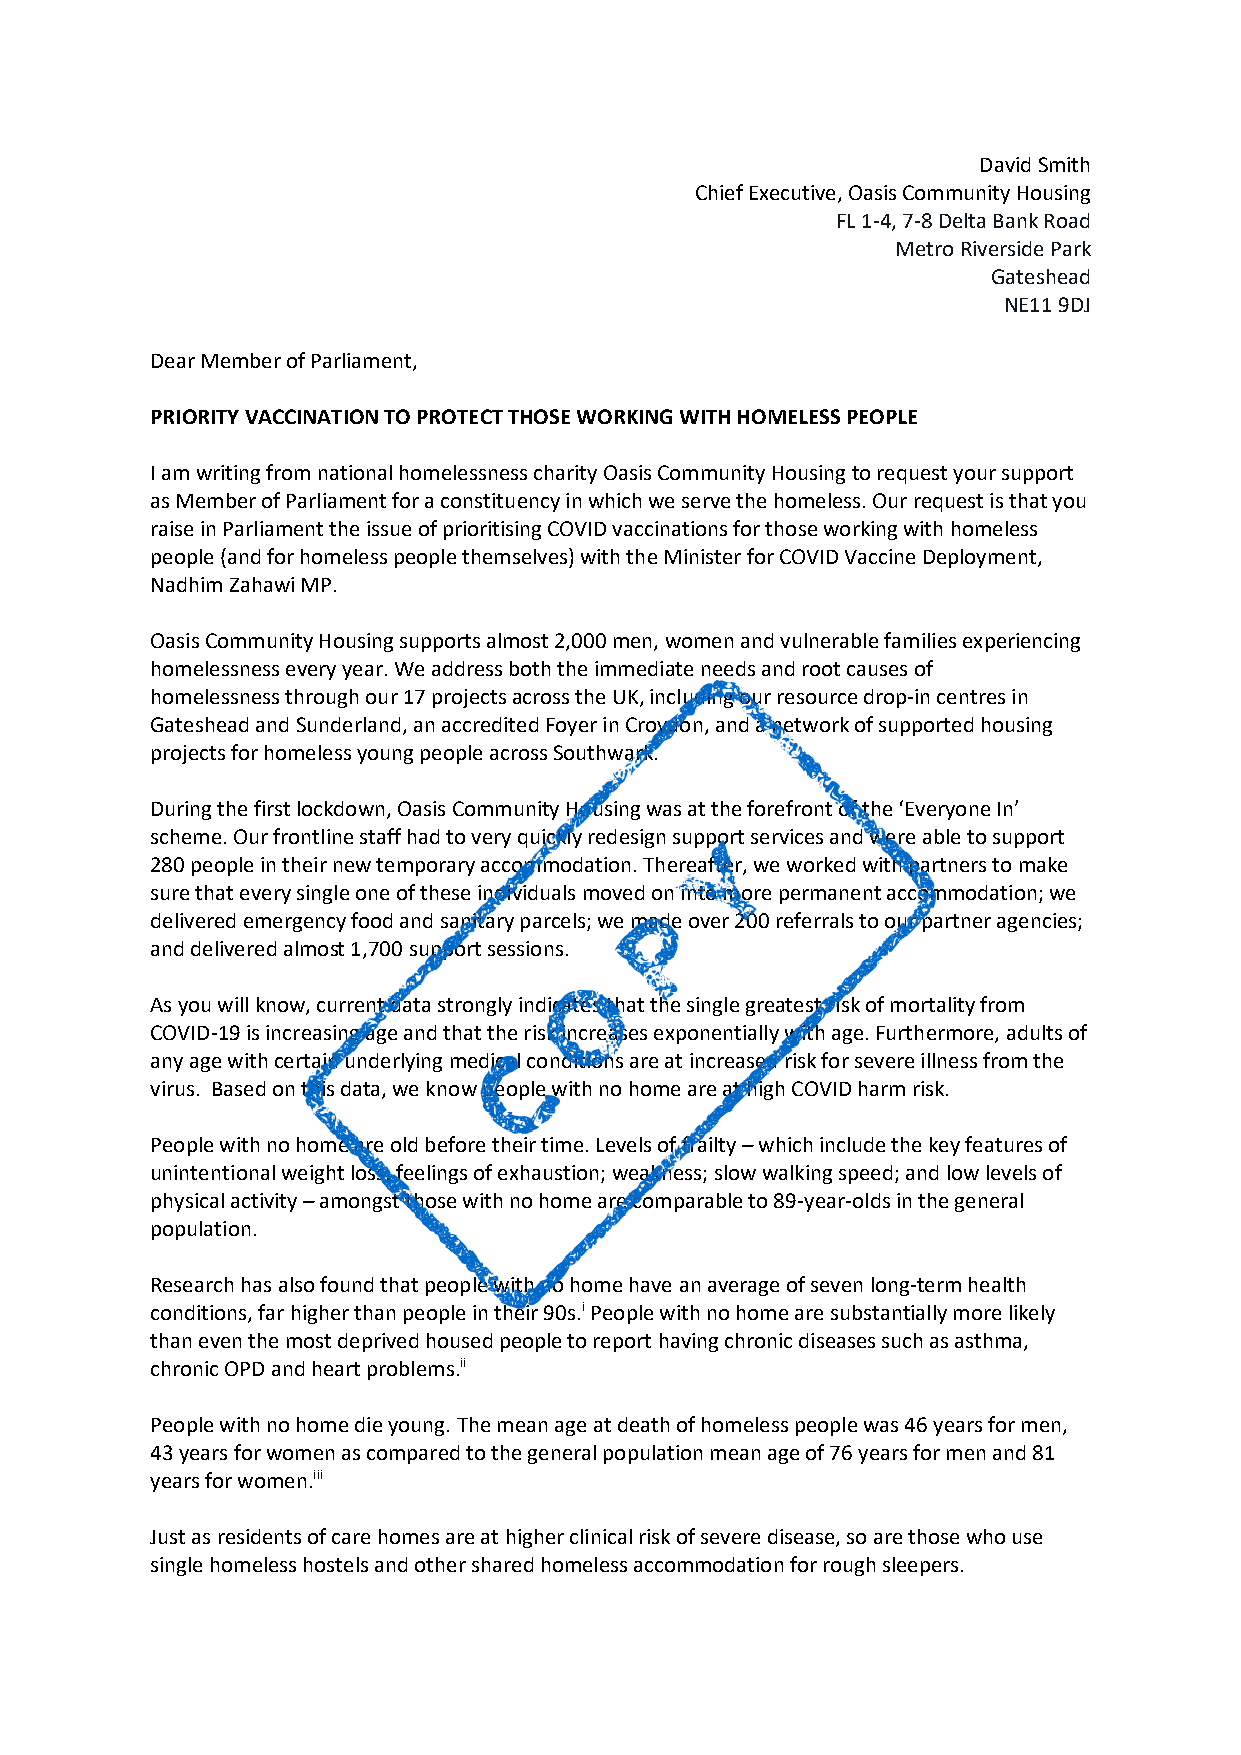
David Smith
 Chief Executive, Oasis Community Housing
 FL 1-4, 7-8 Delta Bank Road
 Metro Riverside Park
 Gateshead
 NE11 9DJ
 Dear Member of Parliament,
 PRIORITY VACCINATION TO PROTECT THOSE WORKING WITH HOMELESS PEOPLE
 I am writing from national homelessness charity Oasis Community Housing to request your support
 as Member of Parliament for a constituency in which we serve the homeless. Our request is that you
 raise in Parliament the issue of prioritising COVID vaccinations for those working with homeless
 people (and for homeless people themselves) with the Minister for COVID Vaccine Deployment,
 Nadhim Zahawi MP.
 Oasis Community Housing supports almost 2,000 men, women and vulnerable families experiencing
 homelessness every year. We address both the immediate needs and root causes of
 homelessness through our 17 projects across the UK, including our resource drop-in centres in
 Gateshead and Sunderland, an accredited Foyer in Croydon, and a network of supported housing
 projects for homeless young people across Southwark.
 During the first lockdown, Oasis Community Housing was at the forefront of the ‘Everyone In’
 scheme. Our frontline staff had to very quickly redesign support services and were able to support
 280 people in their new temporary accommodation. Thereafter, we worked with partners to make
 sure that every single one of these individuals moved on into more permanent accommodation; we
 delivered emergency food and sanitary parcels; we made over 200 referrals to our partner agencies;
 and delivered almost 1,700 support sessions.
 As you will know, current data strongly indicates that the single greatest risk of mortality from
 COVID-19 is increasing age and that the risk increases exponentially with age. Furthermore, adults of
 any age with certain underlying medical conditions are at increased risk for severe illness from the
 virus. Based on this data, we know people with no home are at high COVID harm risk.
 People with no home are old before their time. Levels of frailty – which include the key features of
 unintentional weight loss; feelings of exhaustion; weakness; slow walking speed; and low levels of
 physical activity – amongst those with no home are comparable to 89-year-olds in the general
 population.
 Research has also found that people with no home have an average of seven long-term health
 conditions, far higher than people in their 90s.i People with no home are substantially more likely
 than even the most deprived housed people to report having chronic diseases such as asthma,
 chronic OPD and heart problems.ii
 People with no home die young. The mean age at death of homeless people was 46 years for men,
 43 years for women as compared to the general population mean age of 76 years for men and 81
 years for women.iii
 Just as residents of care homes are at higher clinical risk of severe disease, so are those who use
 single homeless hostels and other shared homeless accommodation for rough sleepers.